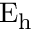
\mathrm { E _ { h } }